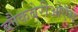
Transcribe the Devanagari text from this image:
ब्लैकबेरीओऍस